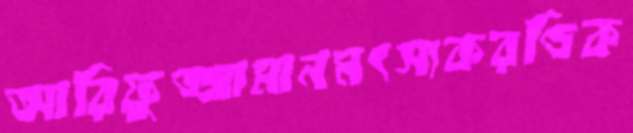
আরিফুজ্জামানমৎস্যকরণ্ডিক